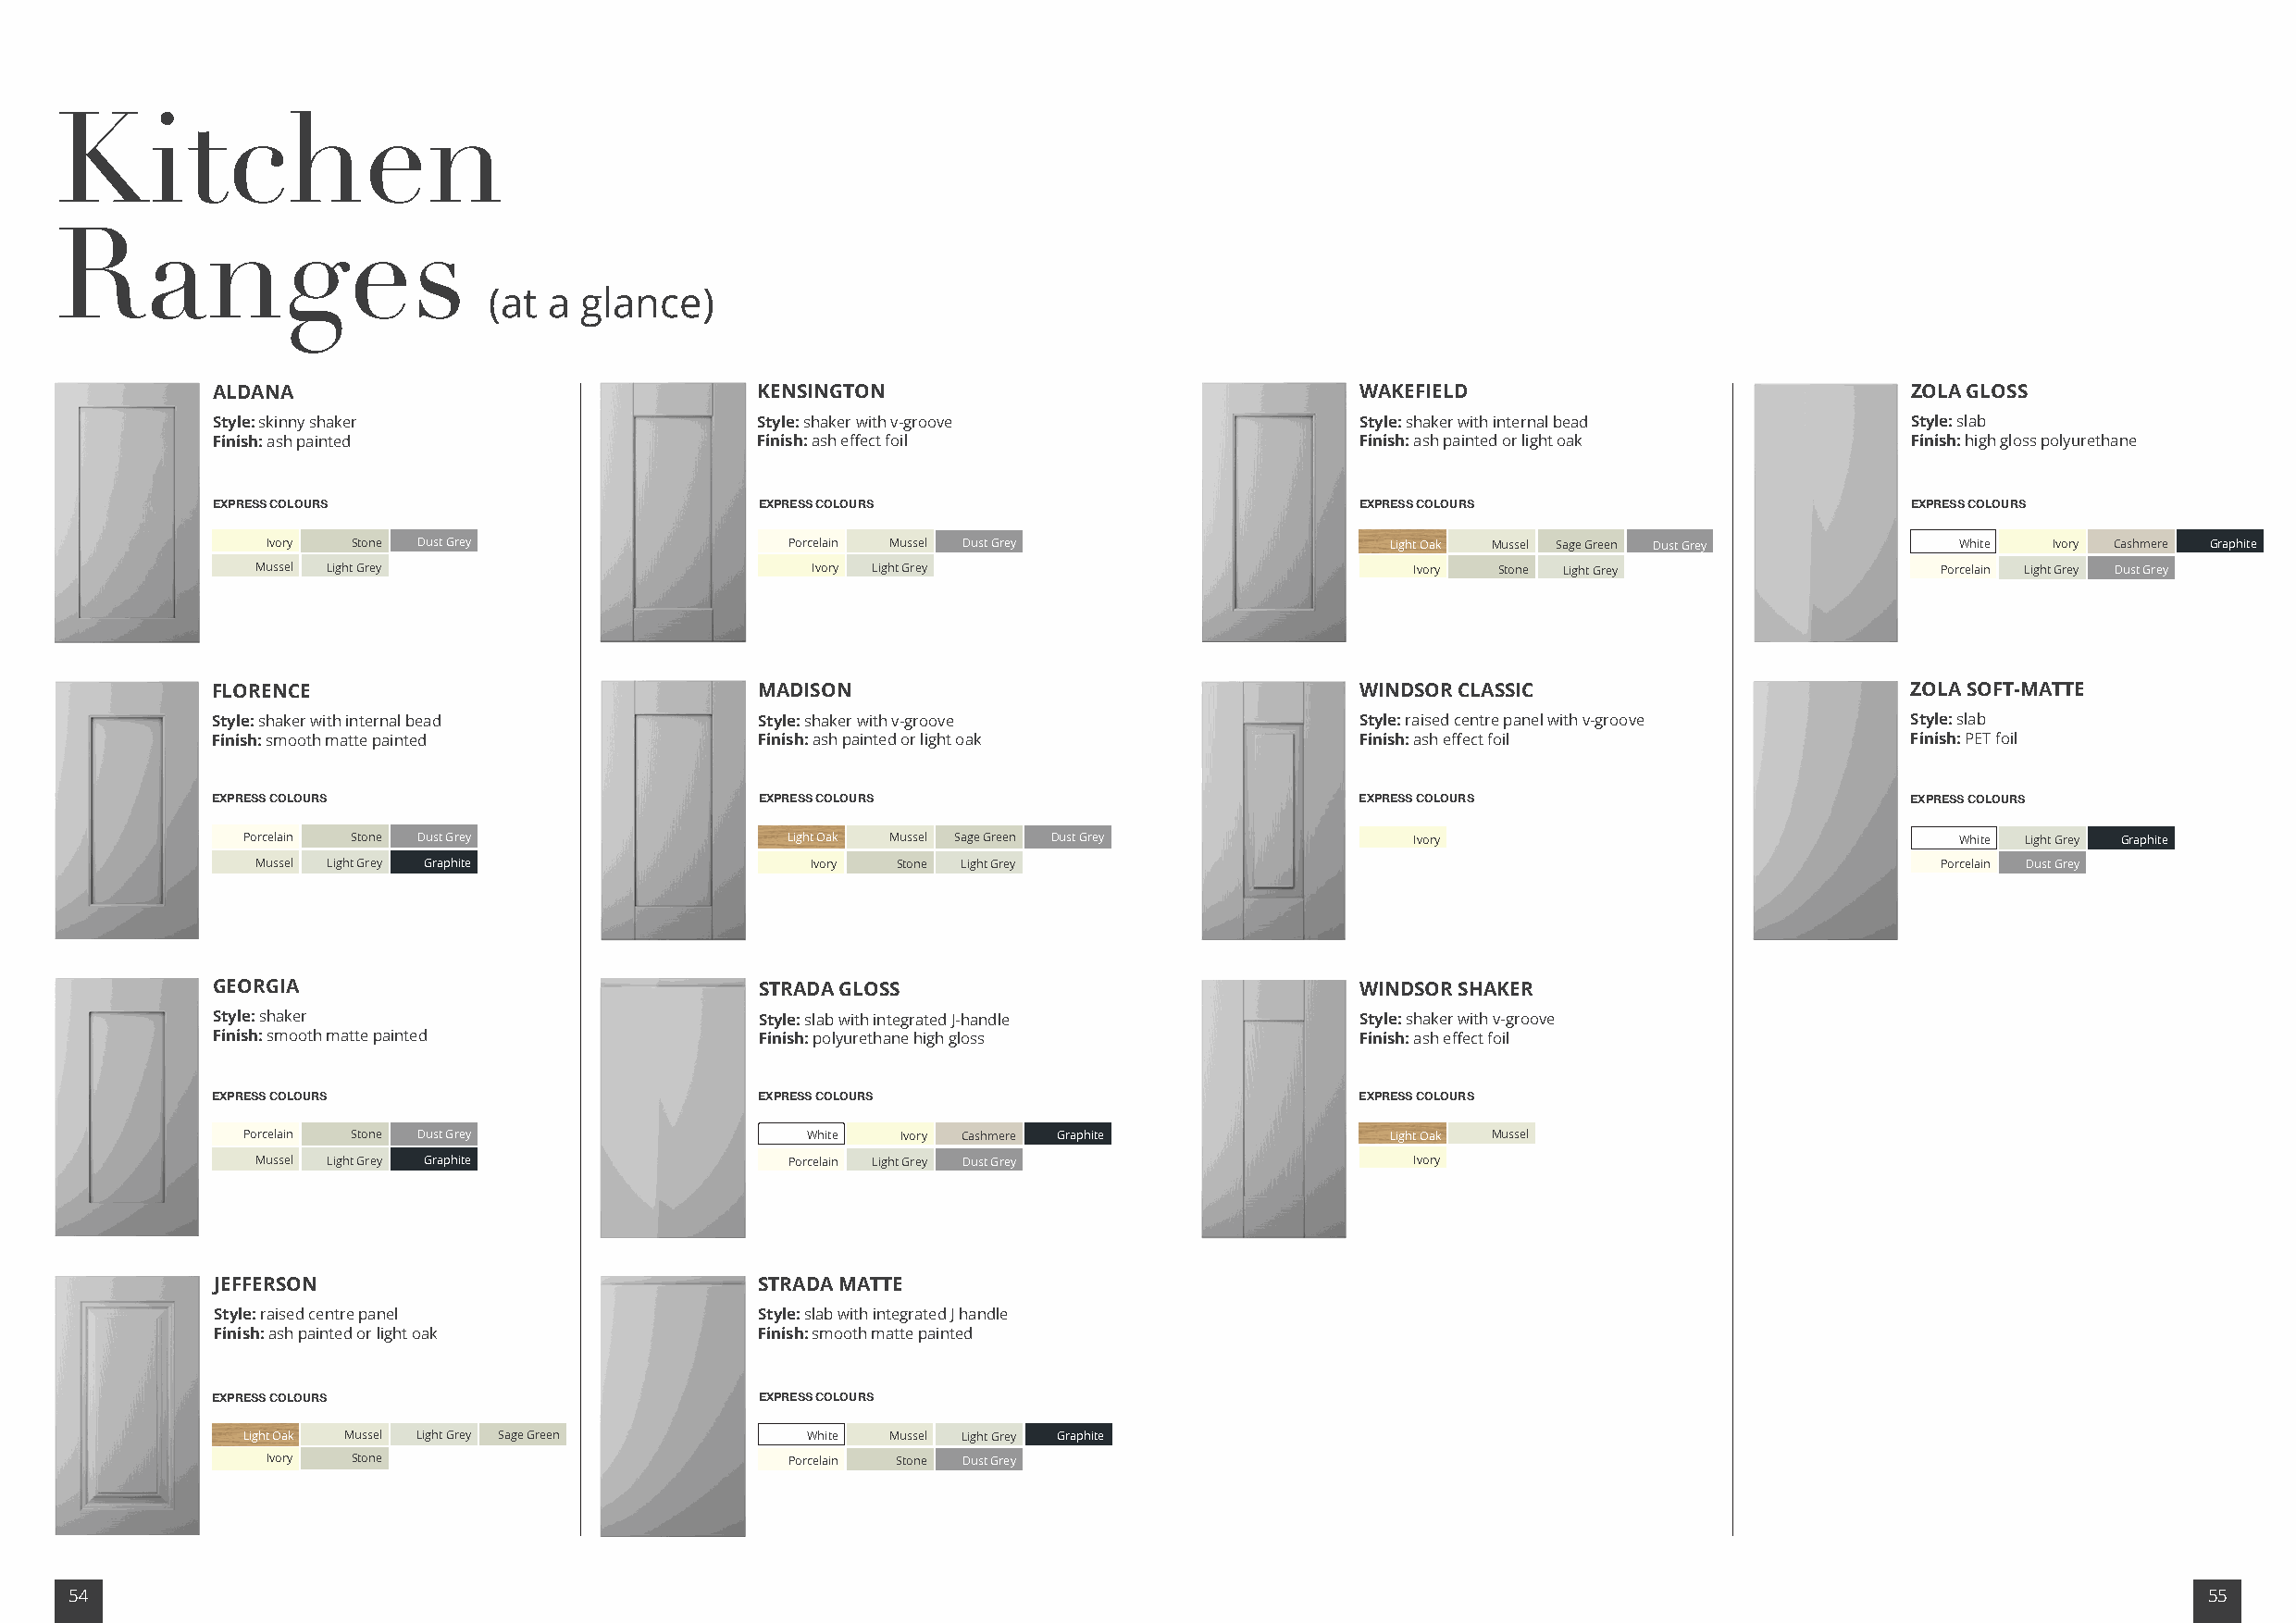
Kitchen
 Ranges
 (at a  glance)
 ALDANA                                 KENSINGTON                                 WAKEFIELD                               ZOLA GLOSS
 Style: skinny shaker                   Style: shaker with v-groove                Style: shaker with internal bead        Style: slab
 Finish: ash painted                    Finish: ash effect foil                    Finish: ash painted or light oak        Finish: high gloss polyurethane
 EXPRESS COLOURS                        EXPRESS COLOURS                            EXPRESS COLOURS                         EXPRESS COLOURS
 Ivory Stone Dust Grey                Porcelain Mussel Dust Grey                 Light Oak Mussel Sage Green Dust Grey    White  Ivory Cashmere Graphite
 Mussel Light Grey                       Ivory Light Grey                           Ivory Stone Light Grey                Porcelain Light Grey Dust Grey
 FLORENCE                               MADISON                                    WINDSOR CLASSIC                         ZOLA SOFT-MATTE
 Style: shaker with internal bead       Style: shaker with v-groove                Style: raised centre panel with v-groove Style: slab
 Finish: smooth matte painted           Finish: ash painted or light oak           Finish: ash effect foil                 Finish: PET foil
 EXPRESS COLOURS                        EXPRESS COLOURS                            EXPRESS COLOURS                         EXPRESS COLOURS
 Porcelain Stone Dust Grey              Light Oak Mussel Sage Green Dust Grey        Ivory                                  White Light Grey Graphite
 Mussel Light Grey Graphite              Ivory Stone Light Grey                                                           Porcelain Dust Grey
 GEORGIA                                STRADA GLOSS                               WINDSOR SHAKER
 Style: shaker                          Style: slab with integrated J-handle       Style: shaker with v-groove
 Finish: smooth matte painted           Finish: polyurethane high gloss            Finish: ash effect foil
 EXPRESS COLOURS                        EXPRESS COLOURS                            EXPRESS COLOURS
 Porcelain Stone Dust Grey                White Ivory Cashmere Graphite            Light Oak Mussel
 Mussel Light Grey Graphite            Porcelain Light Grey Dust Grey               Ivory
 JEFFERSON                              STRADA MATTE
 Style: raised centre panel             Style: slab with integrated J handle
 Finish: ash painted or light oak       Finish: smooth matte painted
 EXPRESS COLOURS                        EXPRESS COLOURS
 Light Oak Mussel Light Grey Sage Green   White Mussel Light Grey Graphite
 Ivory Stone                          Porcelain Stone Dust Grey
 54                                                                                                                                                       55